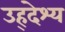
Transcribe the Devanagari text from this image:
उह्देश्य